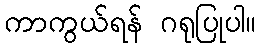
ကာကွယ်ရန် ဂရုပြုပါ။